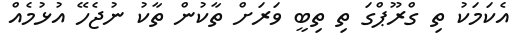
އެކަމަކު ތި ގްރޫޕްގަ ތި ތިބީ ވަރަށް ތާކުން ތާކު ނުޖެހޭ އުޅުމެއް